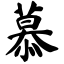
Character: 慕